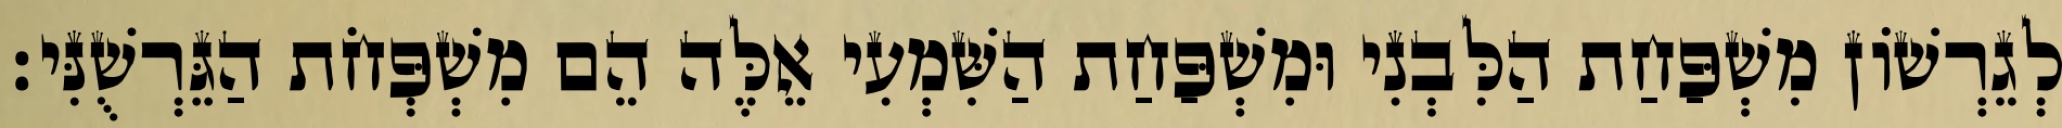
לְגֵרְשׁוֹן מִשְׁפַּחַת הַלִּבְנִי וּמִשְׁפַּחַת הַשִּׁמְעִי אֵלֶּה הֵם מִשְׁפְּחֹת הַגֵּרְשֻׁנִּי׃